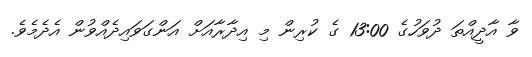
ވާ އާދީއްތަ ދުވަހުގެ 13:00 ގެ ކުރިން މި އިދާރާއަށް އަންގަވައިދެއްވުން އެދެމެވެ.